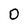
Character: 0